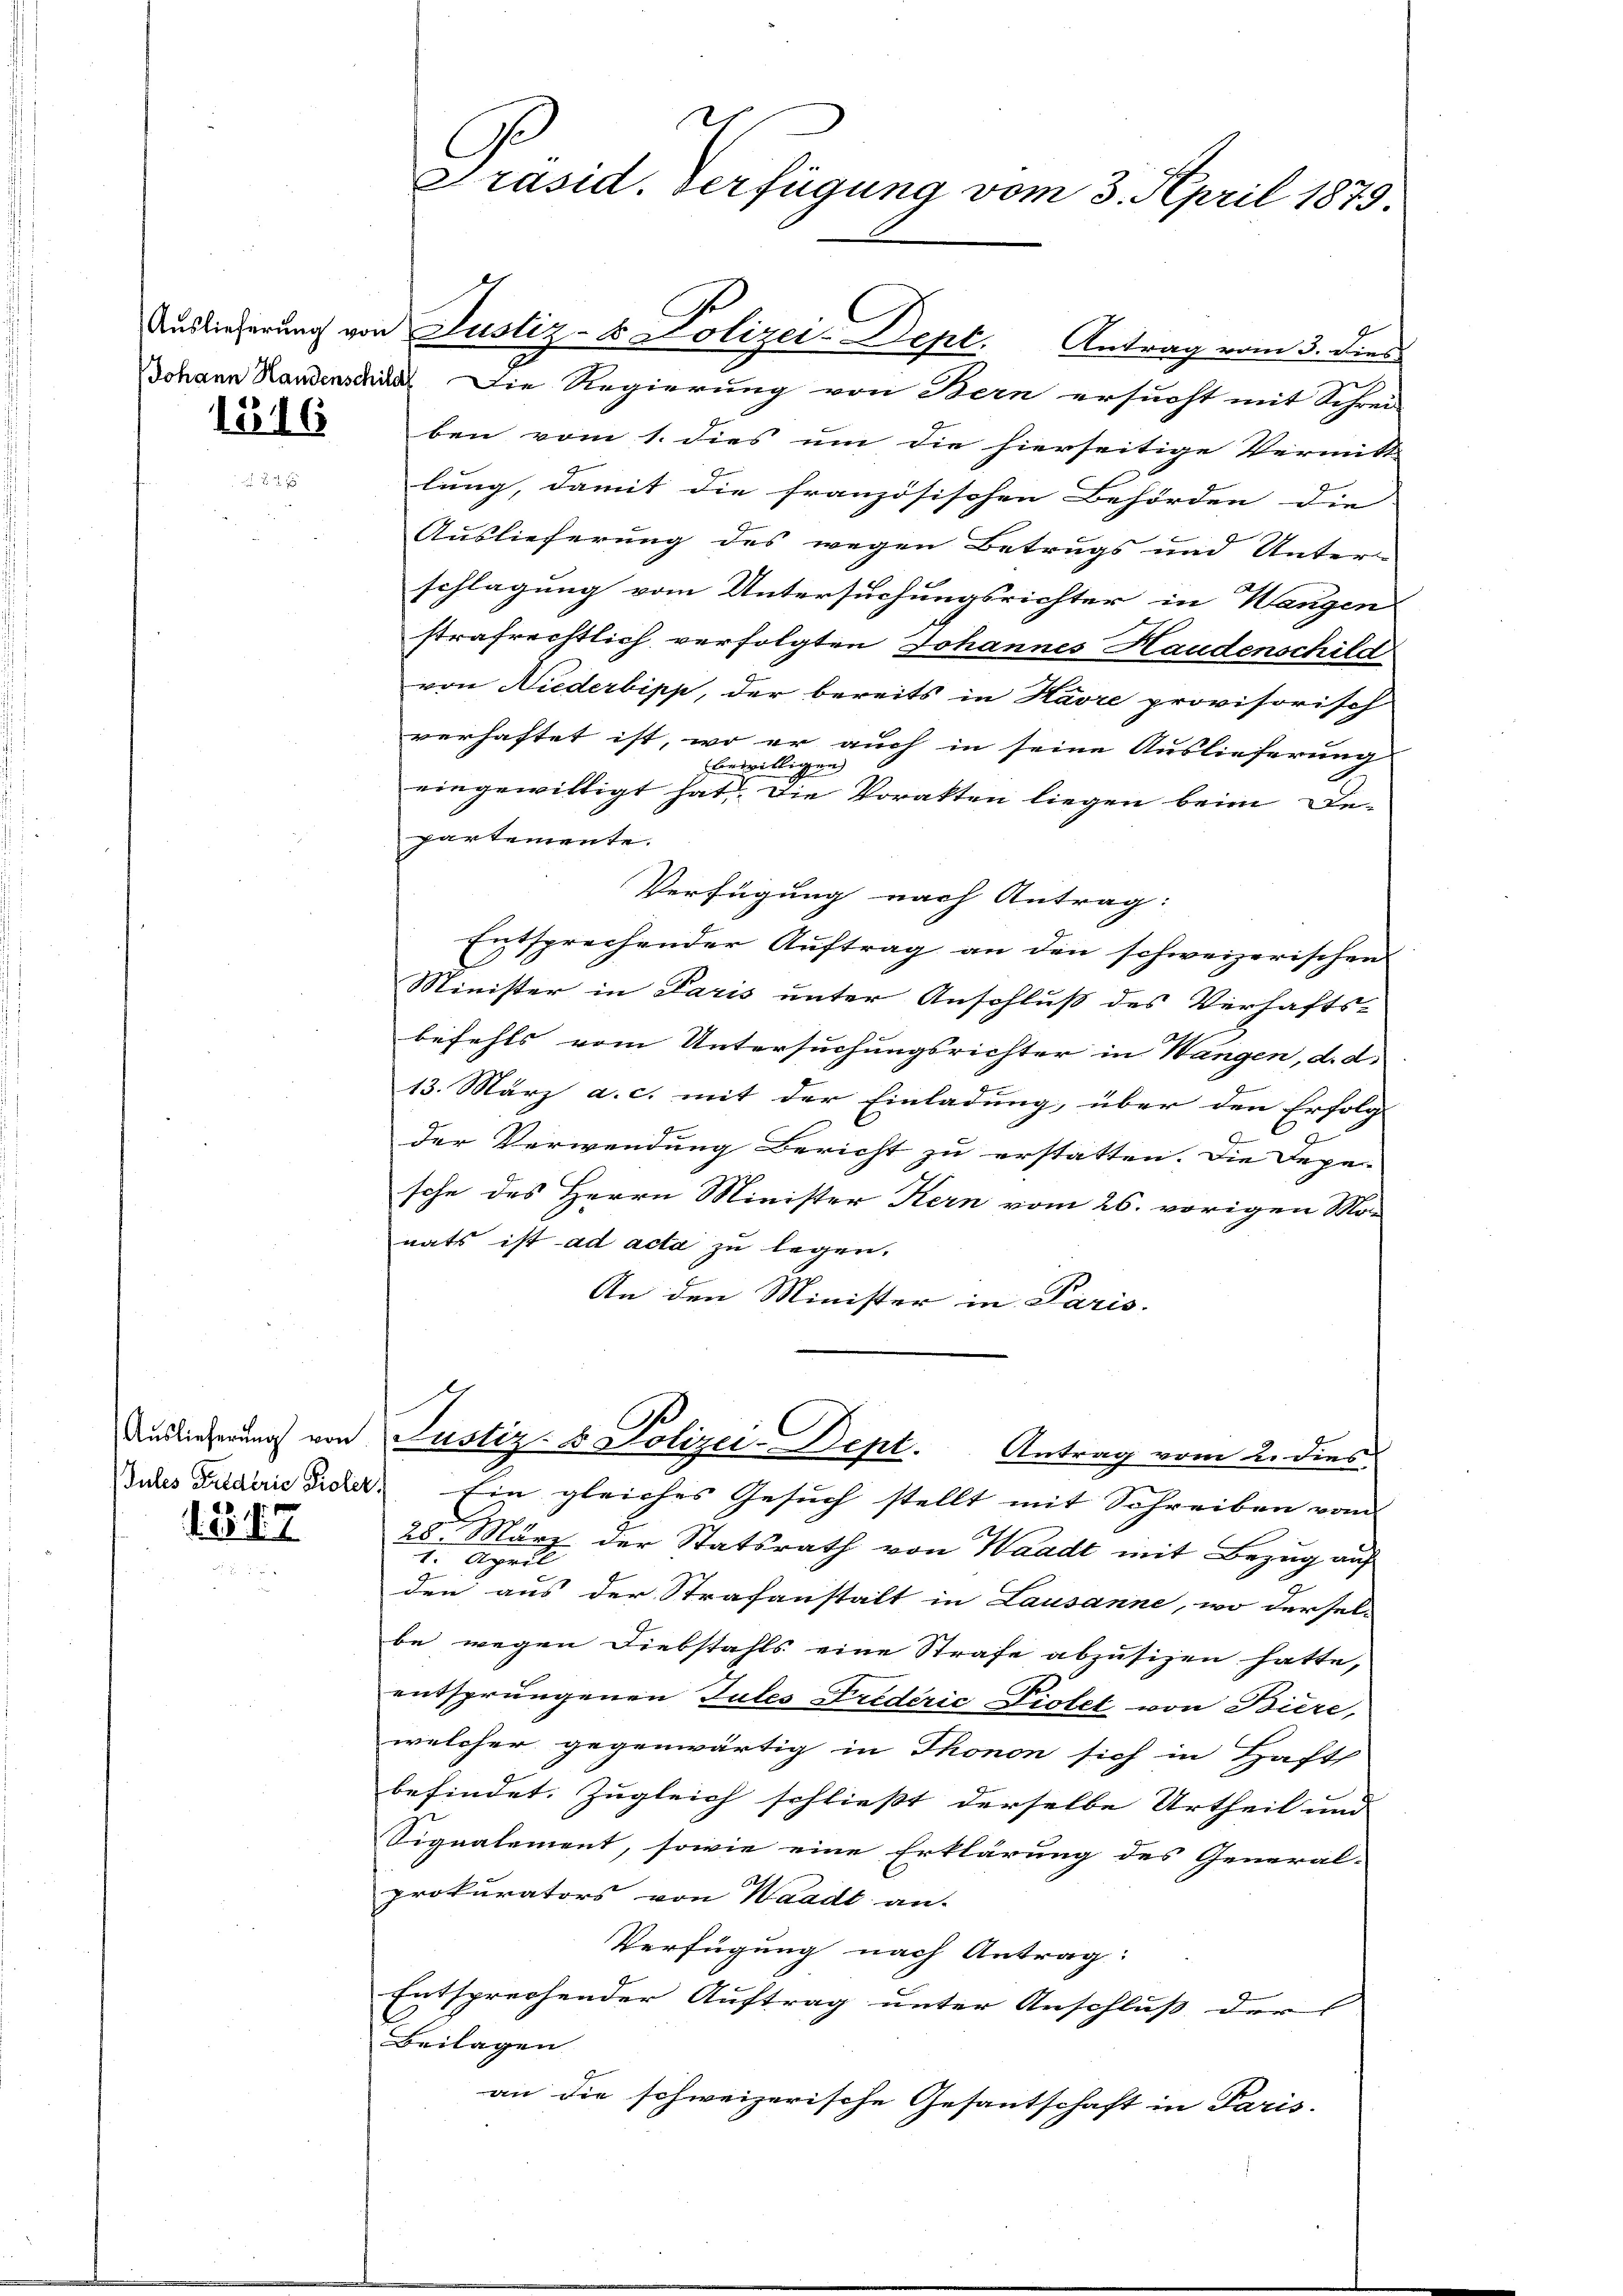
1516

Auslieferung von
Jules Felderie Poliz

. 22. d. 7.

d
Präsid. Verfügung vom 3. April 1879.

d
Johann Randenschen Die Regierung von Bern ersucht mit Schrei-
ben vom 1. dies um die hierseitige Vermitt
lung, damit die französischen Behörden die
Auslieferung des wegen Betrugs und Unter-
schlagung vom Untersuchungsrichter in Wangen
strafrechtlich verfolgten Johannes Handenschild
von Niederbipp, der bereits in Havre provisorisch
verhaftet ist, wo er auch in seine Auslieferung
ewilligen
eingewilligt hat. Die Vorakten liegen beim Departemente.
Verfügung nach Antrag:
Entsprechender Auftrag an den schweizerischen
Minister in Paris unter Anschluß des Verhafts-
befehls vom Untersuchungsrichter in Wangen, d. d.
13. März a. c. mit der Einladung, über den Erfolg
der Verwendung Bericht zu erstatten. Die Depe-
sche des Herrn Minister Kern vom 26. vorigen Mon
nats ist ad acta zu legen.
An den Minister in Paris
Justiz- & Polizei-Dept. Antrag vom 2. dies
Ein gleiches Gesuch stellt mit Schreiben vom
28. März der Statsrath von Waadt mit Bezug auf
I. April
den aus der Strafanstalt in Lausanne, wo dersel-
be wegen Diebstahls eine Strafe abzusizen hatte,
entsprungenen Jules Frederić Violet von Biere,
welcher gegenwärtig in Thonon sich in Haft
befindet. Zugleich schließt derselbe Urtheil und
Signalement, sowie eine Erklärung des General-
prokurators von Waadt an.
Verfügung nach Antrag:
Entsprechender Auftrag unter Anschluß der
Beilagen
an die schweizerische Gesantschaft in Paris.

Auslieferung von Justiz- & Polizei-Dept. Antrag vom 3. dies